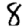
Digit: 8